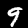
Label: 9